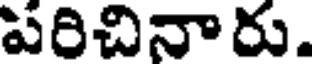
పరిచినారు.